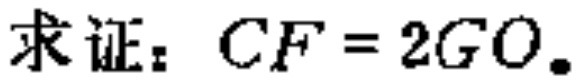
求证：\(CF = 2GO\)。